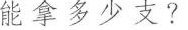
能拿多少支？